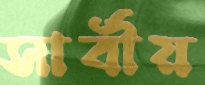
সার্বীয়